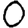
Digit: 0